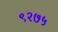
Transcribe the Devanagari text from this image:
९२७५